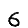
Digit: 6